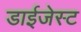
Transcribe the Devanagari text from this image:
डाईजेस्ट